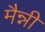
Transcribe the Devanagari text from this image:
मैन्नी